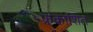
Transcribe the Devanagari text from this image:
फ्रकाशित